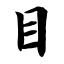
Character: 目